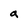
Character: a